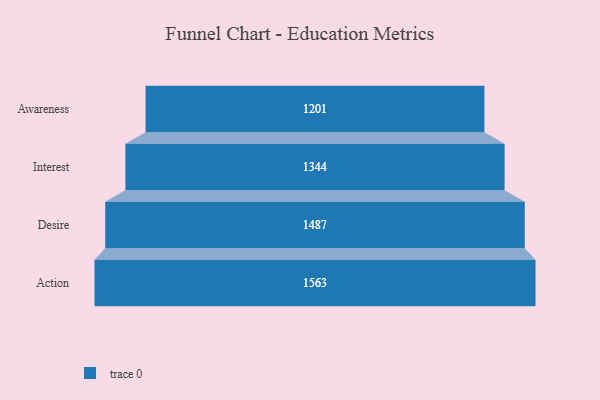
{"axis": {"x": "Stage", "y": "Value"}, "legend": [""], "data": [{"x": "Awareness", "y": 1201.0, "type": ""}, {"x": "Interest", "y": 1344.0, "type": ""}, {"x": "Desire", "y": 1487.0, "type": ""}, {"x": "Action", "y": 1563.0, "type": ""}]}